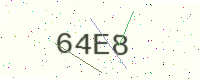
Text: 64E8